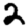
Digit: 2